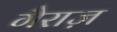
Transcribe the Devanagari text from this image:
गैराज़